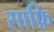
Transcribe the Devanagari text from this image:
साफ़ि